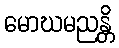
မောဃမညန္တိ